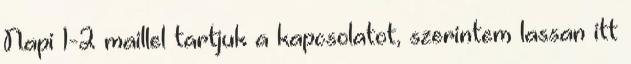
Napi 1-2 maillel tartjuk a kapcsolatot, szerintem lassan itt